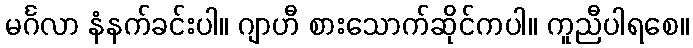
မင်္ဂလာ နံနက်ခင်းပါ။ ဂျာဟီ စားသောက်ဆိုင်ကပါ။ ကူညီပါရစေ။